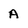
Character: A